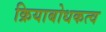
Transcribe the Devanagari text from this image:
क्रियाबोधकत्व